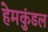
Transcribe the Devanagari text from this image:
हेमकुंडल